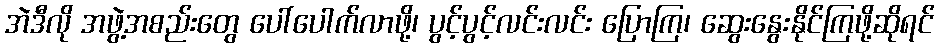
အဲဒီလို အဖွဲ့အစည်းတွေ ပေါ်ပေါက်လာဖို့၊ ပွင့်ပွင့်လင်းလင်း ပြောကြ၊ ဆွေးနွေးနိုင်ကြဖို့ဆိုရင်